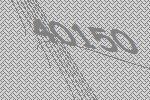
40150